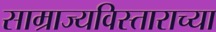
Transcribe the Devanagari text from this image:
साम्राज्यविस्ताराच्या